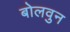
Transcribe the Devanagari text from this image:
बोलवुन